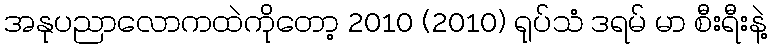
အနုပညာလောကထဲကိုတော့ 2010 (2010) ရုပ်သံ ဒရမ် မာ စီးရီးနဲ့